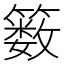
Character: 䉤